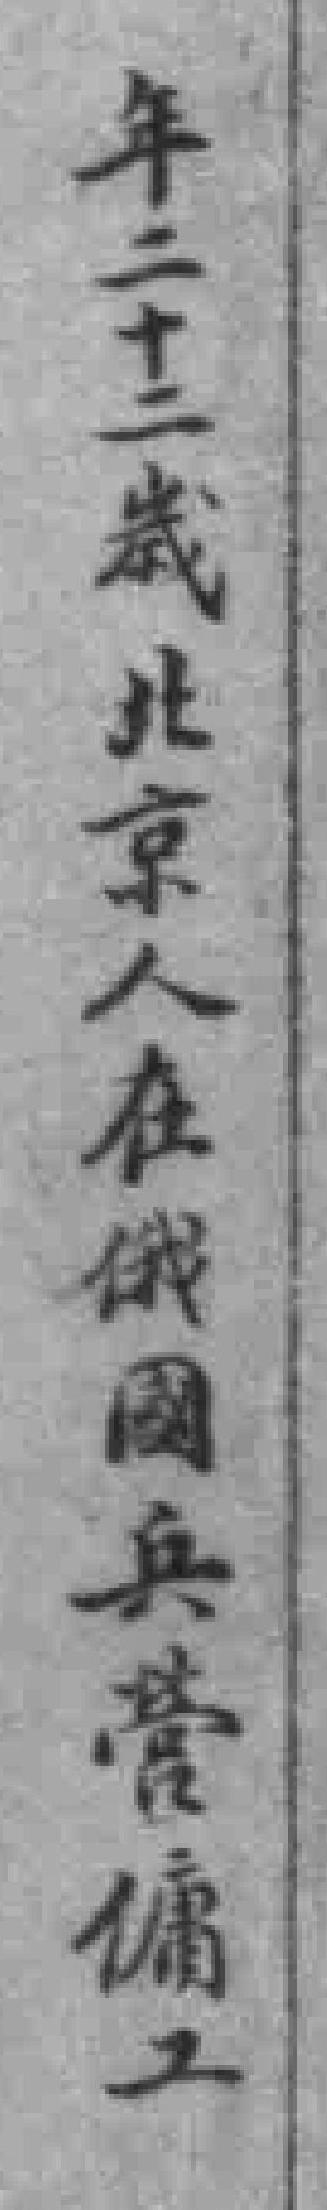
年二十二歲北京人在俄國兵營傭工